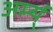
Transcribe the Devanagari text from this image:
अर्म्य्